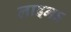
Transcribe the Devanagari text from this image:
लाइनऽ